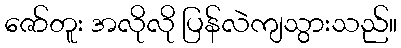
ဇော်တူး အလိုလို ပြန်လဲကျသွားသည်။